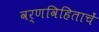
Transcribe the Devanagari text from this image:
वर्णविहिताचें